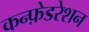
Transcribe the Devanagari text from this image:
कन्फ़ेडरेशन